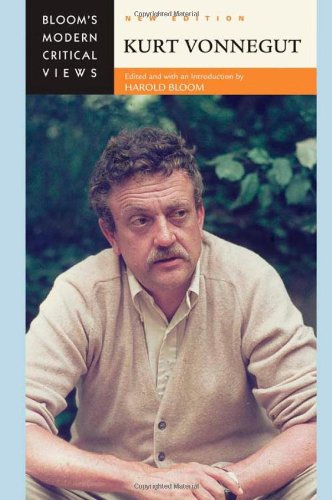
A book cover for Kurt Vonnegut (Bloom's Modern Critical Views); Teen & Young Adult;